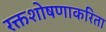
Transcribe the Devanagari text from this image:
रक्तशोषणाकरिता